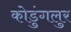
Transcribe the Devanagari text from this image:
कोडुंगलुर